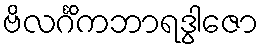
ဗိလင်္ဂိကဘာရဒွါဇော